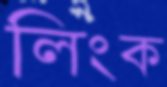
লিংক